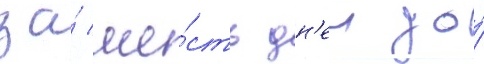
за́ ше́сть дн'еи до́